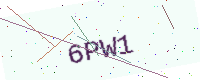
Text: 6PW1